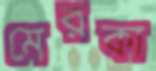
মেরকা